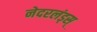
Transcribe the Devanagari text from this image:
नेदरलंड्स्